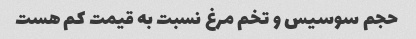
حجم سوسیس و تخم مرغ نسبت به قیمت کم هست